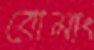
বোমাং